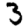
Digit: 3